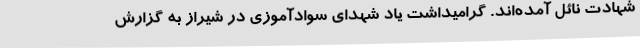
شهادت نائل آمده‌اند. گرامیداشت یاد شهدای سوادآموزی در شیراز به گزارش